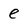
Character: e